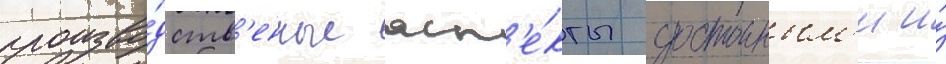
произво́дств'енные асп'е́кты достоиным'и и́